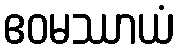
ဧဝမဿာယံ